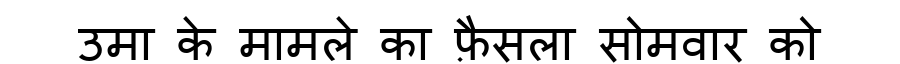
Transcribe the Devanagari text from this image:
उमा के मामले का फ़ैसला सोमवार को